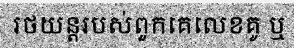
រថយន្តរបស់ពួកគេលេខគូ ឬ